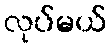
လုပ်မယ်